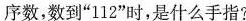
和小指，若从大拇指开始数数，按ABCDEDCBABCDEDCBA……的顺